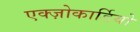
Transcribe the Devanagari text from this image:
एक्ज़ोकार्डियो